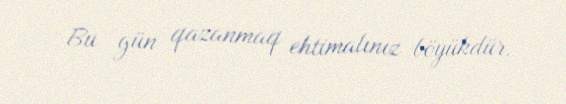
Bu gün qazanmaq ehtimalınız böyükdür.